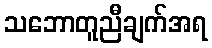
သဘောတူညီချက်အရ